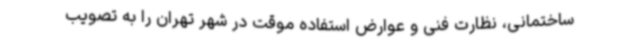
ساختمانی، نظارت فنی و عوارض استفاده موقت در شهر تهران را به تصویب